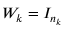
W _ { k } = I _ { n _ { k } }